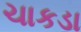
ચાકડા